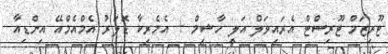
ޓޫރިޒަމް ޓޫރިސްޓް އެރައިވަލް އަލީ ހާޝިމް + އެމެރިކާ ޑޮލަރު އެމްއެމްއޭ އިންޑިއާ